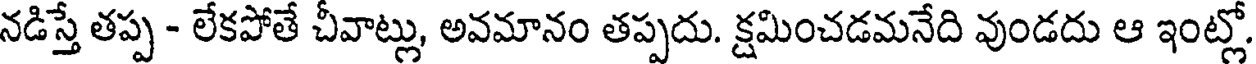
నడిస్తే తప్ప - లేకపోతే చీవాట్లు, అవమానం తప్పదు. క్షమించడమనేది వుండదు ఆ ఇంట్లో